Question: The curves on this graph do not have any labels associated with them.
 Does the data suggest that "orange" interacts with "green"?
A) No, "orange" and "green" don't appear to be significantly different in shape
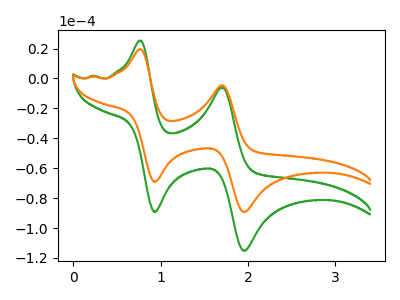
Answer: <think>The green curve "green" has anodic peaks at (0.75V, 25.30uA) (1.70V, -5.90uA) and cathodic peaks at (0.95V, -89.20uA) (1.95V, -115.20uA). The orange curve "orange" has anodic peaks at (0.75V, 19.60uA) (1.70V, -4.55uA) and cathodic peaks at (0.95V, -69.15uA) (1.95V, -89.30uA).
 All the peaks in "orange" have a peak in "green" at the same potential.</think>
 <answer>A) No, "orange" and "green" don't appear to be significantly different in shape</answer>
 <eval>A</eval>